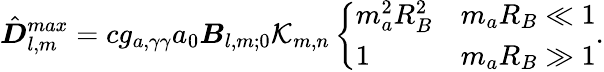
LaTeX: {\hat{\boldsymbol D}}_{l,m}^{max}=cg_{a,\gamma\gamma}a_{0}\boldsymbol B_{l,m;0}\mathcal K_{m,n}\left\{ \begin{array}{ll}{m_{a}^{2}R_{B}^{2}}&{m_{a}R_{B}\ll 1}\\ {1}&{m_{a}R_{B}\gg 1}\end{array}\right..